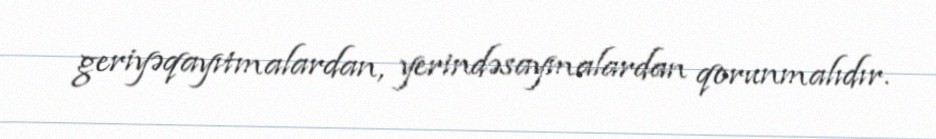
geriyəqayıtmalardan, yerindəsaymalardan qorunmalıdır.